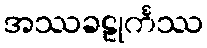
အဿခဠုင်္ကဿ